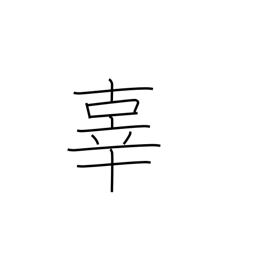
Meaning: sin